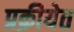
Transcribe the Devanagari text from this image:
प्रक्रीयेत